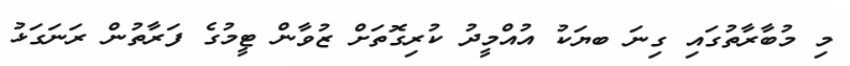
މި މުބާރާތުގައި ގިނަ ބޔަކު އުއްމީދު ކުރިގޮތަށް ޒުވާން ޓީމުގެ ފަރާތުން ރަނަގަޅު